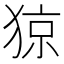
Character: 猄